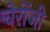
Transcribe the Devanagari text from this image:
चेरोंजी